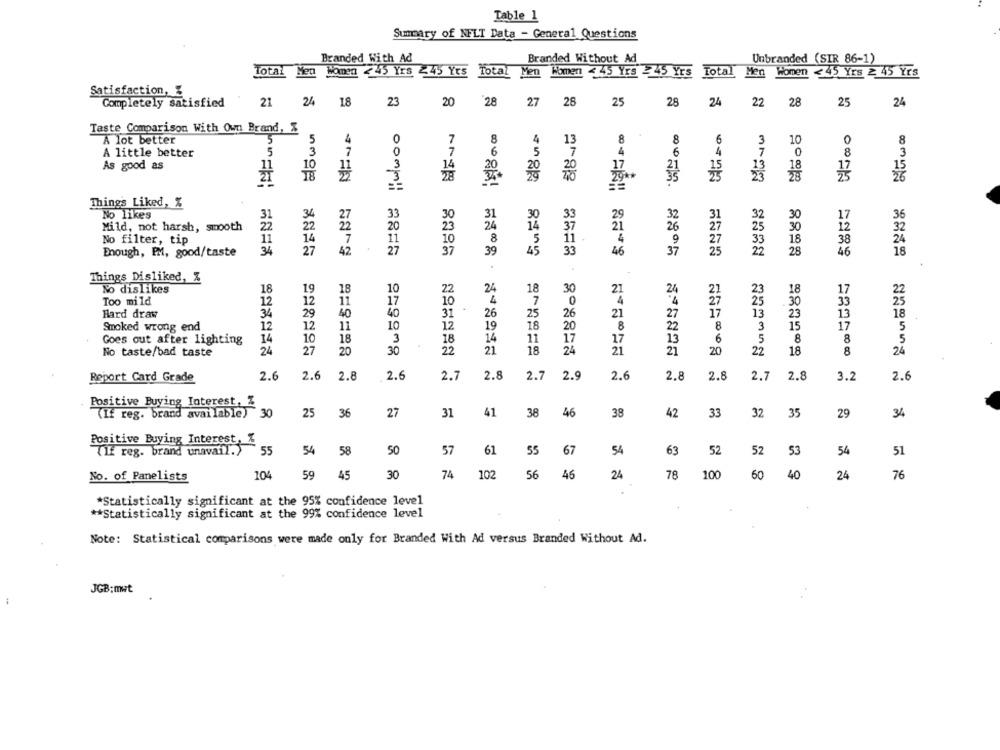
Table 1
Summary of NELT Data - General Questions
Branded With Ad
Branded Without Ad
Unbranded (SIR 86-1)
Total Men Women 445 Yrs 245 Yrs
Total
Men Women < 45 Yrs Z5 Yrs
Total Men Women <45 Yrs 2 45 Yrs
Satisfaction, %
Completely satisfied
21
24 18
23
20
28
27
28
25
28
24
22
28
25
24
Taste Comparison With Own Brand, %
A lot better
5
5
4
0
7
8
4
13
8
8
6
3
10
0
8
5
3
7
6
5
7
A little better
7
0
4
6
8
3
As good as
11
14
29+
Things Liked, %
NENY
No likes
3
34
27
33
31
30
33
29
32
32
30
36
24
Mild, not harsh, smooth
21
No filter, tip
18
Enough, PM, good/taste
34
27
42
00MmIl ARES
39
45
33
46
37
25
28
46
Things Disliked, %
No dislikes
18
19
18
10
22
24
18
30
21
24
23
18
Too mild
12
12
.0
11
30
Hard draw
34
29
40
31
26
25
26
21
27
17
13
18
Smoked wrong end
12
12
11
10
12
19
18
20
8
22
8
3
15
17
5
14
17
Goes out after lighting
10
18
3
18
14
11
13
6
5
8
8
5
No taste/bad taste
24
27
20
30
22
21
18
24
21
21
20
22
18
8
24
2.6
2.6
2.8
2.6
2.7
2.8
2.7
2.
2.6
2.8
2.7
2.8
Report Card Grade
2.8
3.2
2.6
Positive Buying Interest, Z
25
27
31
41
46
29
(If reg. brand available) 30
36
38
38
42
33
32
35
34
Positive Buying Interest, X
55
54
58
50
57
61
55
67
54
52
52
53
54
51
THE reg. brand unavail.)
63
No. of Panelists
104
59
45
30
74
102
56
46
24
78
100
60
40
24
76
*Statistically significant at the 95% confidence level
** Statistically significant at the 99% confidence level
Note: Statistical comparisons were made only for Branded With Ad versus Branded Without Ad.
JGB:mwt